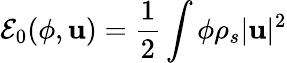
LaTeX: \displaystyle\mathcal E_{0}(\phi,{\mathbf u})=\frac{1}{2}\int\phi\rho_{s}|{\mathbf u}|^{2}